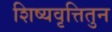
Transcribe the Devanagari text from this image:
शिष्यवृत्तितुन